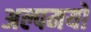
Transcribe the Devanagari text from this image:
अल्पमयो